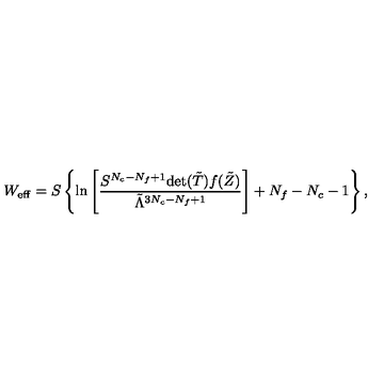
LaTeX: W _ { \mathrm { e f f } } = S \left\{ \ln \left[ \frac { S ^ { N _ { c } - N _ { f } + 1 } \mathrm { d e t } ( { \tilde { T } } ) f ( { \tilde { Z } } ) } { { \tilde { \Lambda } } ^ { 3 N _ { c } - N _ { f } + 1 } } \right] + N _ { f } - N _ { c } - 1 \right\} ,